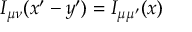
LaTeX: { \cal I } _ { \mu \nu } ( x ^ { \prime } - y ^ { \prime } ) = { \cal I } _ { \mu \mu ^ { \prime } } ( x )